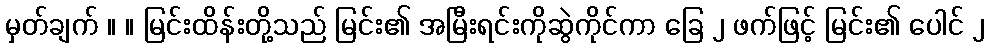
မှတ်ချက် ။ ။ မြင်းထိန်းတို့သည် မြင်း၏ အမြီးရင်းကိုဆွဲကိုင်ကာ ခြေ ၂ ဖက်ဖြင့် မြင်း၏ ပေါင် ၂